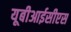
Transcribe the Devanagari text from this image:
यूबीआईसीएस